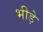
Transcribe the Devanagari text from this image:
भीड़े